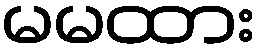
မမထား